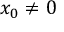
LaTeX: x _ { 0 } \neq 0